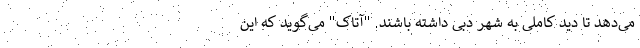
می‌دهد تا دید کاملی به شهر دبی داشته باشند. "آتاک" می‌گوید که این